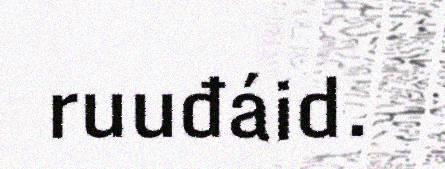
ruuđáid.